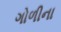
ગોળીના